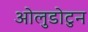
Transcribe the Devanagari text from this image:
ओलुडोटुन